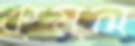
কষল